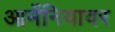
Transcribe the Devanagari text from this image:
आर्मेनियावर